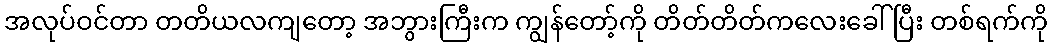
အလုပ်ဝင်တာ တတိယလကျတော့ အဘွားကြီးက ကျွန်တော့်ကို တိတ်တိတ်ကလေးခေါ်ပြီး တစ်ရက်ကို